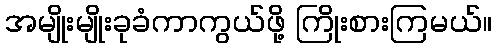
အမျိုးမျိုးခုခံကာကွယ်ဖို့ ကြိုးစားကြမယ်။